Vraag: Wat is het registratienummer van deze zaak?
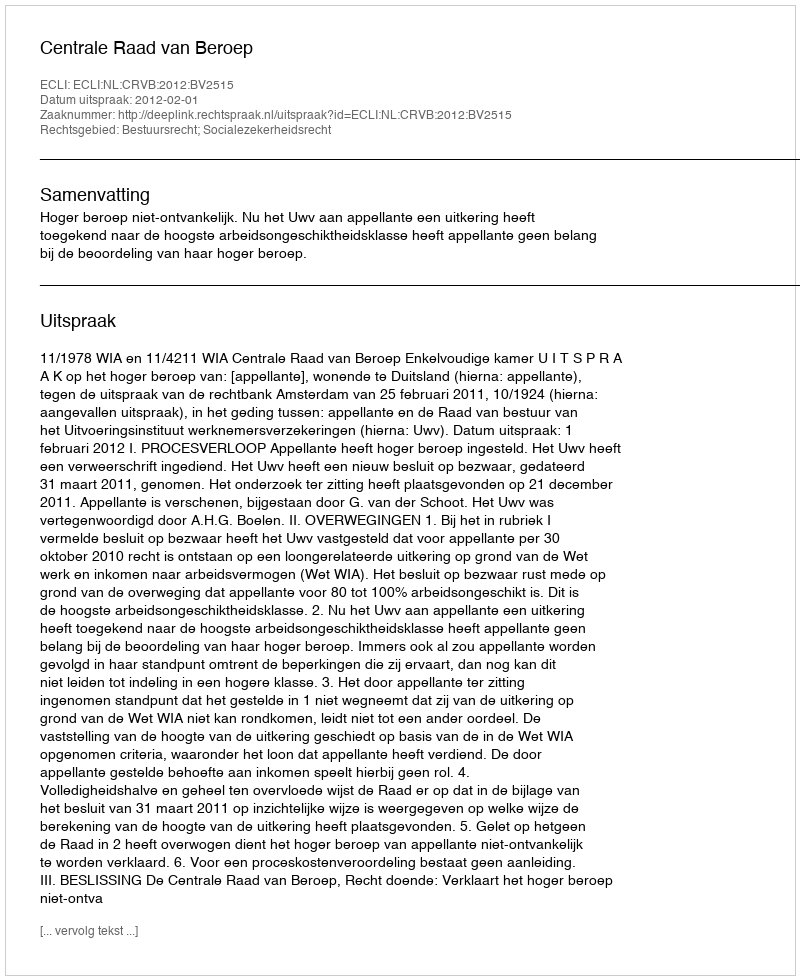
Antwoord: http://deeplink.rechtspraak.nl/uitspraak?id=ECLI:NL:CRVB:2012:BV2515